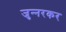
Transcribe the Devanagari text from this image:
जुन्‍नरकर